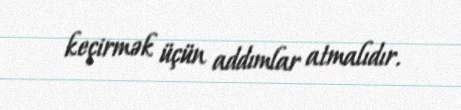
keçirmək üçün addımlar atmalıdır.